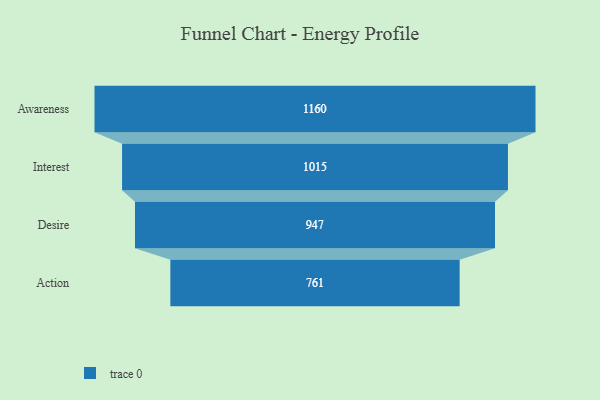
{"axis": {"x": "Stage", "y": "Value"}, "legend": [""], "data": [{"x": "Awareness", "y": 1160.0, "type": ""}, {"x": "Interest", "y": 1015.0, "type": ""}, {"x": "Desire", "y": 947.0, "type": ""}, {"x": "Action", "y": 761.0, "type": ""}]}